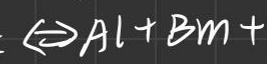
$\Leftrightarrow Al + Bm +$